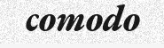
comodo